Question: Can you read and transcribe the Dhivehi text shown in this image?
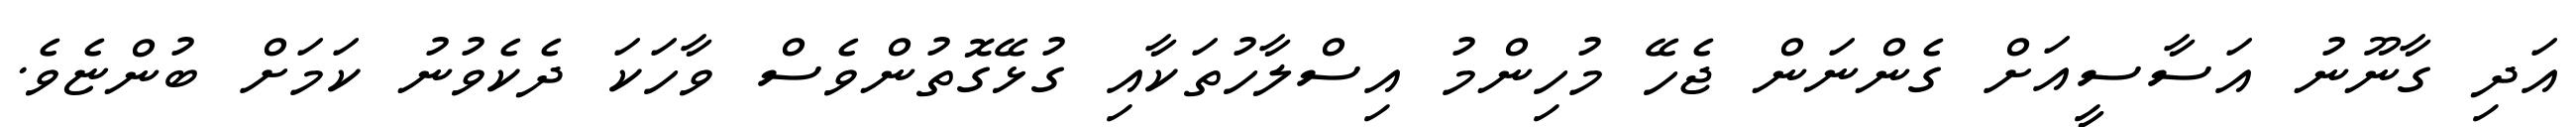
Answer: އަދި ގާނޫނު އަސާސީއަށް ގެންނަން ޖެހޭ މުހިންމު އިސްލާހުތަކާއި ގުޅޭގޮތުންވެސް ވާހަކަ ދެކެވުނު ކަމަށް ބުންޏެވެ.